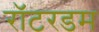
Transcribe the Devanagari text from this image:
रॉटरडम